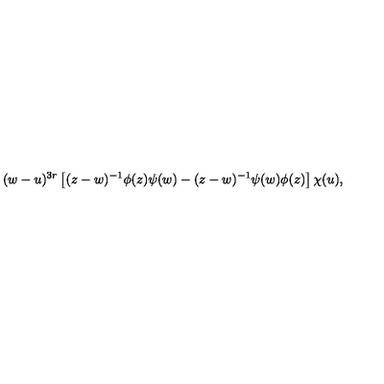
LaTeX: ( w - u ) ^ { 3 r } \left[ ( z - w ) ^ { - 1 } \phi ( z ) \psi ( w ) - ( z - w ) ^ { - 1 } \psi ( w ) \phi ( z ) \right] \chi ( u ) ,